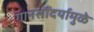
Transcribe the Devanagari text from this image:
गानसौंदर्यामुळे